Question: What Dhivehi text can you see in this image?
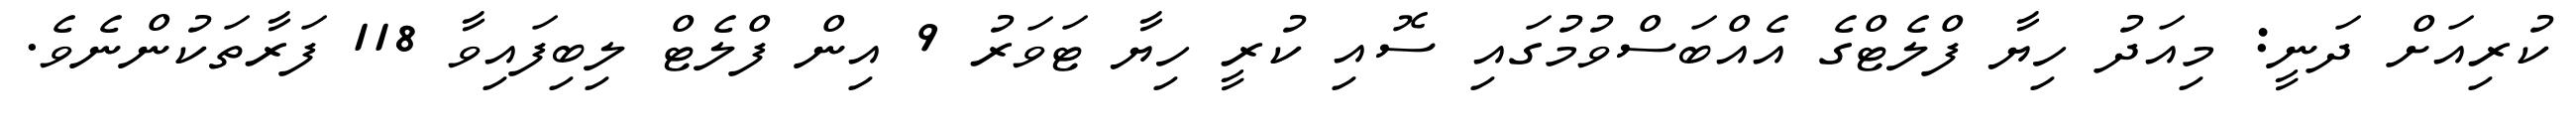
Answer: ކުރިއަށް ދަނީ: މިއަދު ހިޔާ ފްލެޓްގެ އެއްބަސްވުމުގައި ސޮއި ކުރީ ހިޔާ ޓަވަރު 9 އިން ފްލެޓް ލިބިފައިވާ 118 ފަރާތަކުންނެވެ.